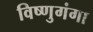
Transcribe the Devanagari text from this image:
विष्णुगंगा